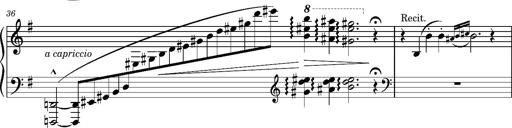
Title: Album-Leaf "Andante religioso"
Composer: Franz Liszt
Key: G major